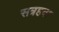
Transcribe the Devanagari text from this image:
सत्रहवा